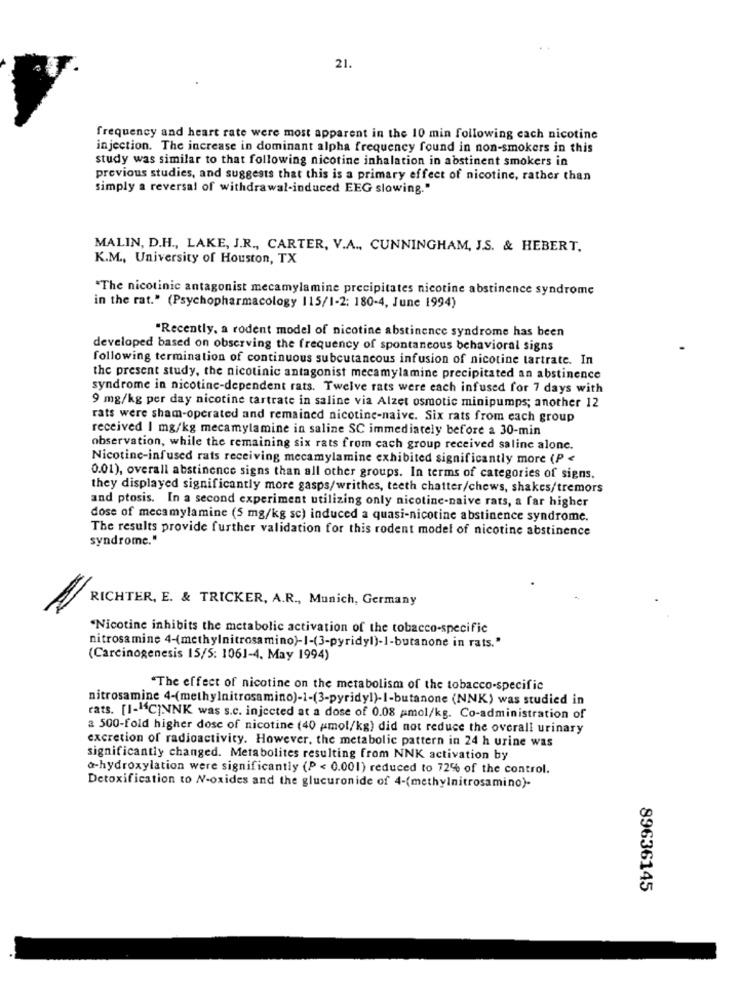
21.
frequency and heart rate were most apparent in the 10 min following cach nicotine
injection. The increase in dominant alpha frequency found in non-smokers in this
study was similar to that following nicotine inhalation in abstinent smokers in
previous studies, and suggests that this is a primary effect of nicotine, rather than
simply a reversal of withdrawal-induced EEG slowing."
MALIN, D.H ., LAKE, J.R ., CARTER, V.A ., CUNNINGHAM, J.S. & HEBERT,
K.M ., University of Houston, TX
"The nicotinic antagonist mecamylamine precipitates nicotine abstinence syndrome
in the rat." (Psychopharmacology 115/1-2: 180-4, June 1994)
"Recently, a rodent model of nicotine abstinence syndrome has been
developed based on observing the frequency of spontaneous behavioral signs
following termination of continuous subcutaneous infusion of nicotine tartrate. In
the present study, the nicotinic antagonist mecamylamine precipitated an abstinence
syndrome in nicotine-dependent rats. Twelve rats were each infused for 7 days with
9 mg/kg per day nicotine tartrate in saline via Alzet osmotic minipumps; another 12
rats were sham-operated and remained nicotine-naive. Six rats from each group
received | mg/kg mecamylamine in saline SC immediately before a 30-min
observation, while the remaining six rats from cach group received saline alone.
Nicotine-infused rats receiving mecamylamine exhibited significantly more (P <
0.01), overall abstinence signs than all other groups. In terms of categories of signs,
they displayed significantly more gasps/writhes, teeth chatter/chews, shakes/tremors
and ptosis. In a second experiment utilizing only nicotine-naive rats, a far higher
dose of mecamylamine (5 mg/kg sc) induced a quasi-nicotine abstinence syndrome.
The results provide further validation for this rodent model of nicotine abstinence
syndrome."
RICHTER, E. & TRICKER, A.R ., Munich, Germany
"Nicotine inhibits the metabolic activation of the tobacco-specific
nitrosamine 4-(methylnitrosamino)-1-(3-pyridyl)-1-butanone in rats."
(Carcinogenesis 15/5: 1061-4. May 1994)
"The effect of nicotine on the metabolism of the tobacco-specific
nitrosamine 4-(methylnitrosamino)-1-(3-pyridyl)-I-butanone (NNK) was studied in
rats. [1-14C]NNK was s.c. injected at a dose of 0.08 amol/kg. Co-administration of
2 500-fold higher dose of nicotine (40 /mol/kg) did not reduce the overall urinary
excretion of radioactivity. However, the metabolic pattern in 24 h urine was
significantly changed. Metabolites resulting from NNK activation by
a-hydroxylation were significantly (P < 0.001) reduced to 72% of the control.
Detoxification to N-oxides and the glucuronide of 4-(methylnitrosamino)-
89636145